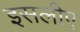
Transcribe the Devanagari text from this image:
इसलीए